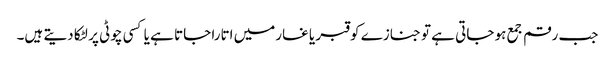
جب رقم جمع ہو جاتی ہے تو جنازے کو قبر یا غارمیں اتارا جاتا ہے یا کسی چوٹی پر لٹکا دیتے ہیں۔